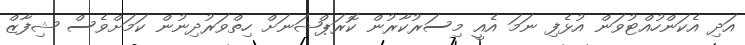
އަދި އެކަންހުއްޓުވަން އުޅެފި ނަމަ އެއީ މިސަރުކާރުން ކޮރަޕްޝަނަށް ހިތްވަރުދިނުން ކަމަށްވެސް ޝިފާޒް